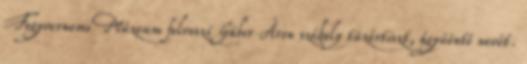
Fegyvernemi Múzeum felveszi Gábor Áron székely tüzértiszt, ágyúöntő nevét.